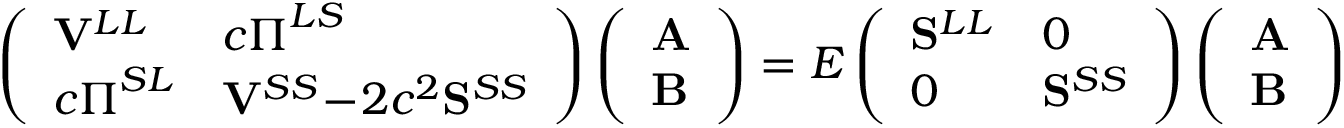
\left( \begin{array} { l l } { \mathbf { V } ^ { L L } } & { c \boldsymbol { \Pi } ^ { L S } } \\ { c \boldsymbol { \Pi } ^ { S L } } & { \mathbf { V } ^ { S S } \! - \! 2 c ^ { 2 } \mathbf { S } ^ { S S } } \end{array} \right) \left( \begin{array} { l } { \mathbf { A } } \\ { \mathbf { B } } \end{array} \right) = E \left( \begin{array} { l l } { \mathbf { S } ^ { L L } } & { 0 } \\ { 0 } & { \mathbf { S } ^ { S S } } \end{array} \right) \left( \begin{array} { l } { \mathbf { A } } \\ { \mathbf { B } } \end{array} \right)